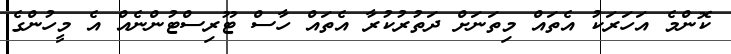
ކޮންމެ އަހަރަކު އެތައް މިތަނަށް ދަތުރުކުރާ އެތައް ހާސް ޓޫރިސްޓުންނެއް އެ މީހުންގެ